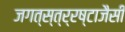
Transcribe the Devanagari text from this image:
जगत्स्त्र्रष्टाजैसी